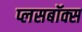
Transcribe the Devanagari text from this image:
प्लसबॉक्स